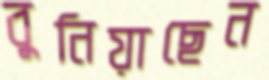
বুনিয়াছেন